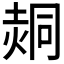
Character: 𰊕